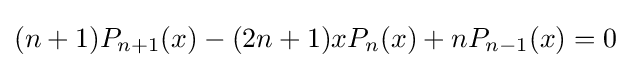
(n+1)P_{n+1}(x)-(2n+1)xP_{n}(x)+nP_{n-1}(x)=0